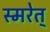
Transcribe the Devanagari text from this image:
स्मरेत्